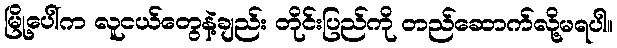
မြို့ပေါ်က လူငယ်တွေနဲ့ချည်း တိုင်းပြည်ကို တည်ဆောက်လို့မရပါ။